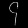
Digit: ၄